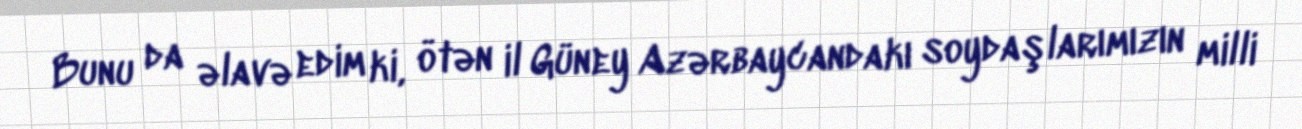
Bunu da əlavə edim ki, ötən il Güney Azərbaycandakı soydaşlarımızın milli